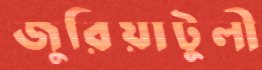
জুরিয়াটুলী